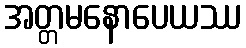
အတ္တမနောပေယဿ